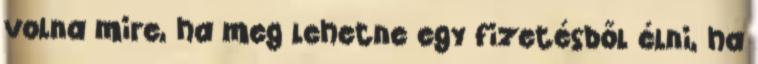
volna mire, ha meg lehetne egy fizetésből élni, ha